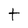
Character: t